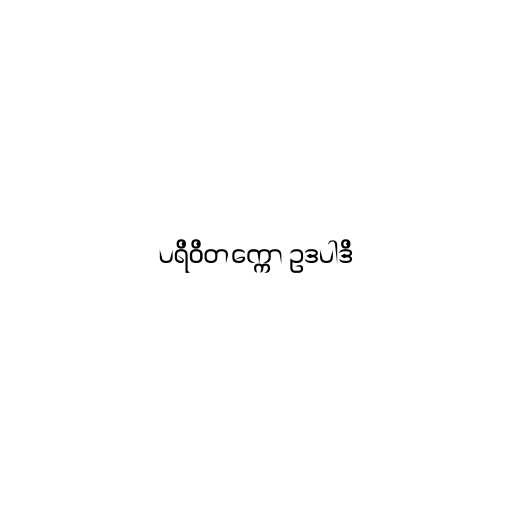
ပရိဝိတက္ကော ဥဒပါဒိ